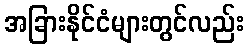
အခြားနိုင်ငံများတွင်လည်း